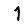
Digit: 1